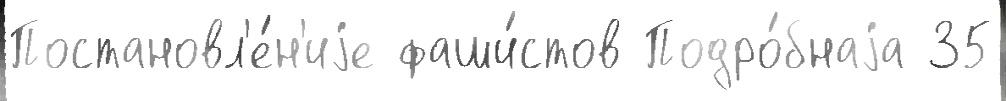
Постановл'е́н'иjе фаши́стов Подро́бнаjа 35